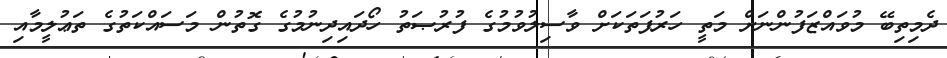
ދެމިތިބޭ މުވައްޒަފުންނަށް މަތީ ހަރުފަތަކަށް ވާސިލުވުމުގެ ފުރުޞަތު ހޯދައިދިނުމުގެ ގޮތުން މަސައްކަތުގެ ތަޢުލީމާއި